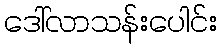
ဒေါ်လာသန်းပေါင်း